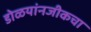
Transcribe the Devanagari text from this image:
डोळयांनजीकचा